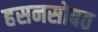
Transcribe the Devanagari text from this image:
हसनसोबत